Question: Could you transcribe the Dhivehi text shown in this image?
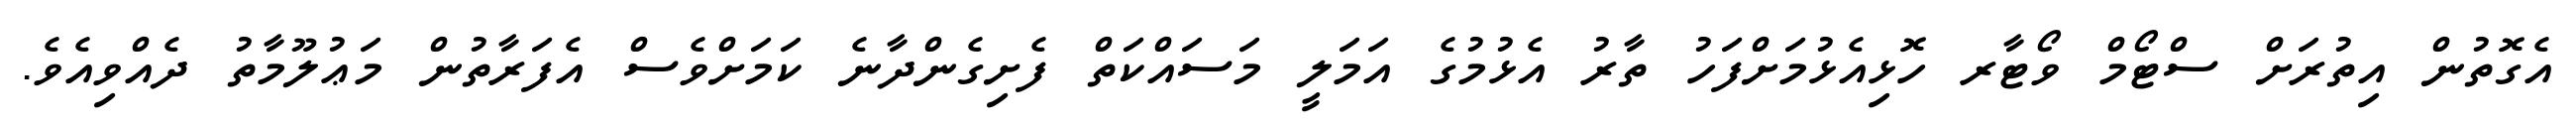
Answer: އެގޮތުން އިތުރަށް ސްޓޯމް ވޯޓާރ ހޮޅިއެޅުމަށްފަހު ތާރު އެޅުމުގެ އަމަލީ މަސައްކަތް ފެށިގެންދާނެ ކަމަށްވެސް އެފަރާތުން މަޢުލޫމާތު ދެއްވިއެވެ.